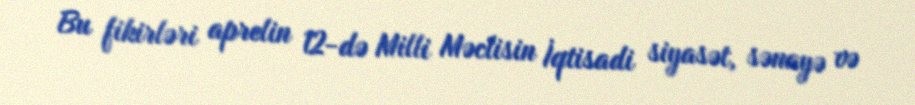
Bu fikirləri aprelin 12-də Milli Məclisin İqtisadi siyasət, sənayə və